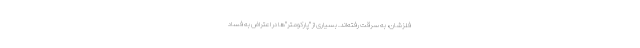
فلزشان، به سرقت رفته‌اند. بسیاری از "پارکومتر"‌ها در اعتراض به فساد